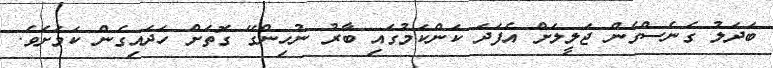
ބަދަލު ގެނެސްގެން ޖަލީލަށް އެފަދަ ކަންކަމުގައި ބާރު ނުހިންގޭ ގޮތަށް ހަދައިގެން ކަމަށެވެ.